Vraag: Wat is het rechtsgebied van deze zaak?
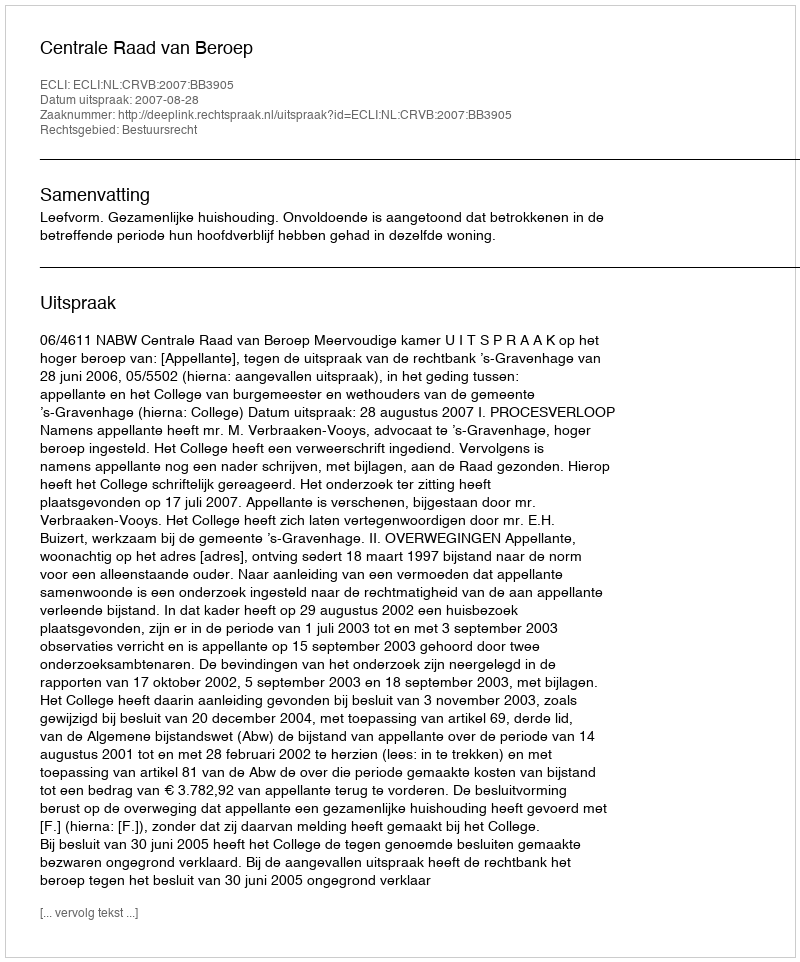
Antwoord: Bestuursrecht